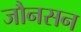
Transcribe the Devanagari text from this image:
जौनसन